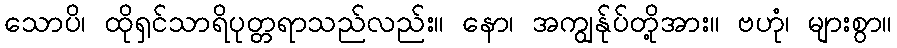
သောပိ၊ ထိုရှင်သာရိပုတ္တရာသည်လည်း။ နော၊ အကျွန်ုပ်တို့အား။ ဗဟုံ၊ များစွာ။